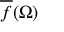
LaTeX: { \overline { { f } } } ( \Omega )